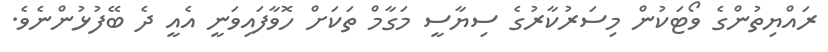
ރައްޔިތުންގެ ވޯޓަކުން މިސަރުކާރުގެ ސިޔާސީ މަގާމް ތަކަށް ހޮވާފައިވަނީ އެއީ ދެ ބޭފުޅުންނެވެ.